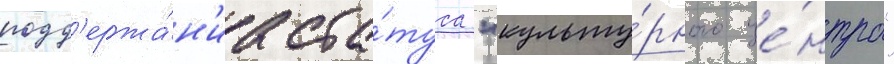
подд'ержа́н'иа ста́туса "культу́рного це́нтра"